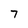
Character: 7